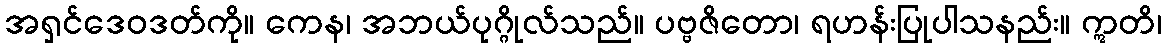
အရှင်ဒေဝဒတ်ကို။ ကေန၊ အဘယ်ပုဂ္ဂိုလ်သည်။ ပဗ္ဗဇိတော၊ ရဟန်းပြုပါသနည်း။ ဣတိ၊